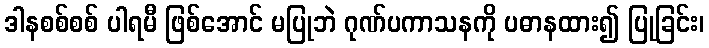
ဒါနစစ်စစ် ပါရမီ ဖြစ်အောင် မပြုဘဲ ဂုဏ်ပကာသနကို ပဓာနထား၍ ပြုခြင်း၊